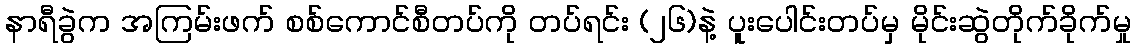
နာရီခွဲက အကြမ်းဖက် စစ်ကောင်စီတပ်ကို တပ်ရင်း (၂၆)နဲ့ ပူးပေါင်းတပ်မှ မိုင်းဆွဲတိုက်ခိုက်မှု